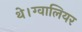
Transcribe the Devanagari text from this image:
थे।ग्वालियर